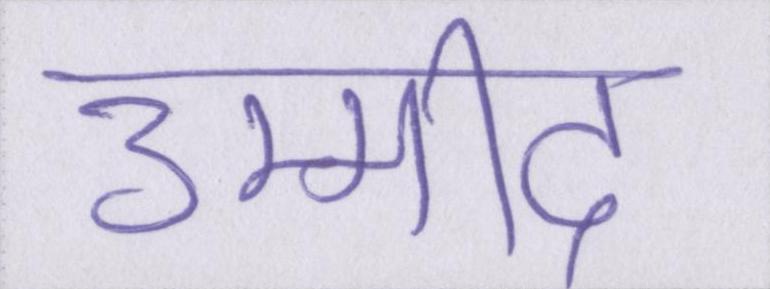
उम्मीद